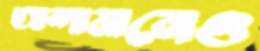
আন্দামানেও